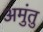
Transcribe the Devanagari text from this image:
अमुंतु